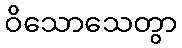
ဝိသောသေတွာ